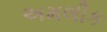
અમલીક